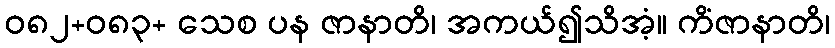
ဝ၈၂+၀၈၃+ သေစ ပန ဇာနာတိ၊ အကယ်၍သိအံ့။ ကိံဇာနာတိ၊